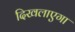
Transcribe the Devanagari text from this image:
दिखलाएगा